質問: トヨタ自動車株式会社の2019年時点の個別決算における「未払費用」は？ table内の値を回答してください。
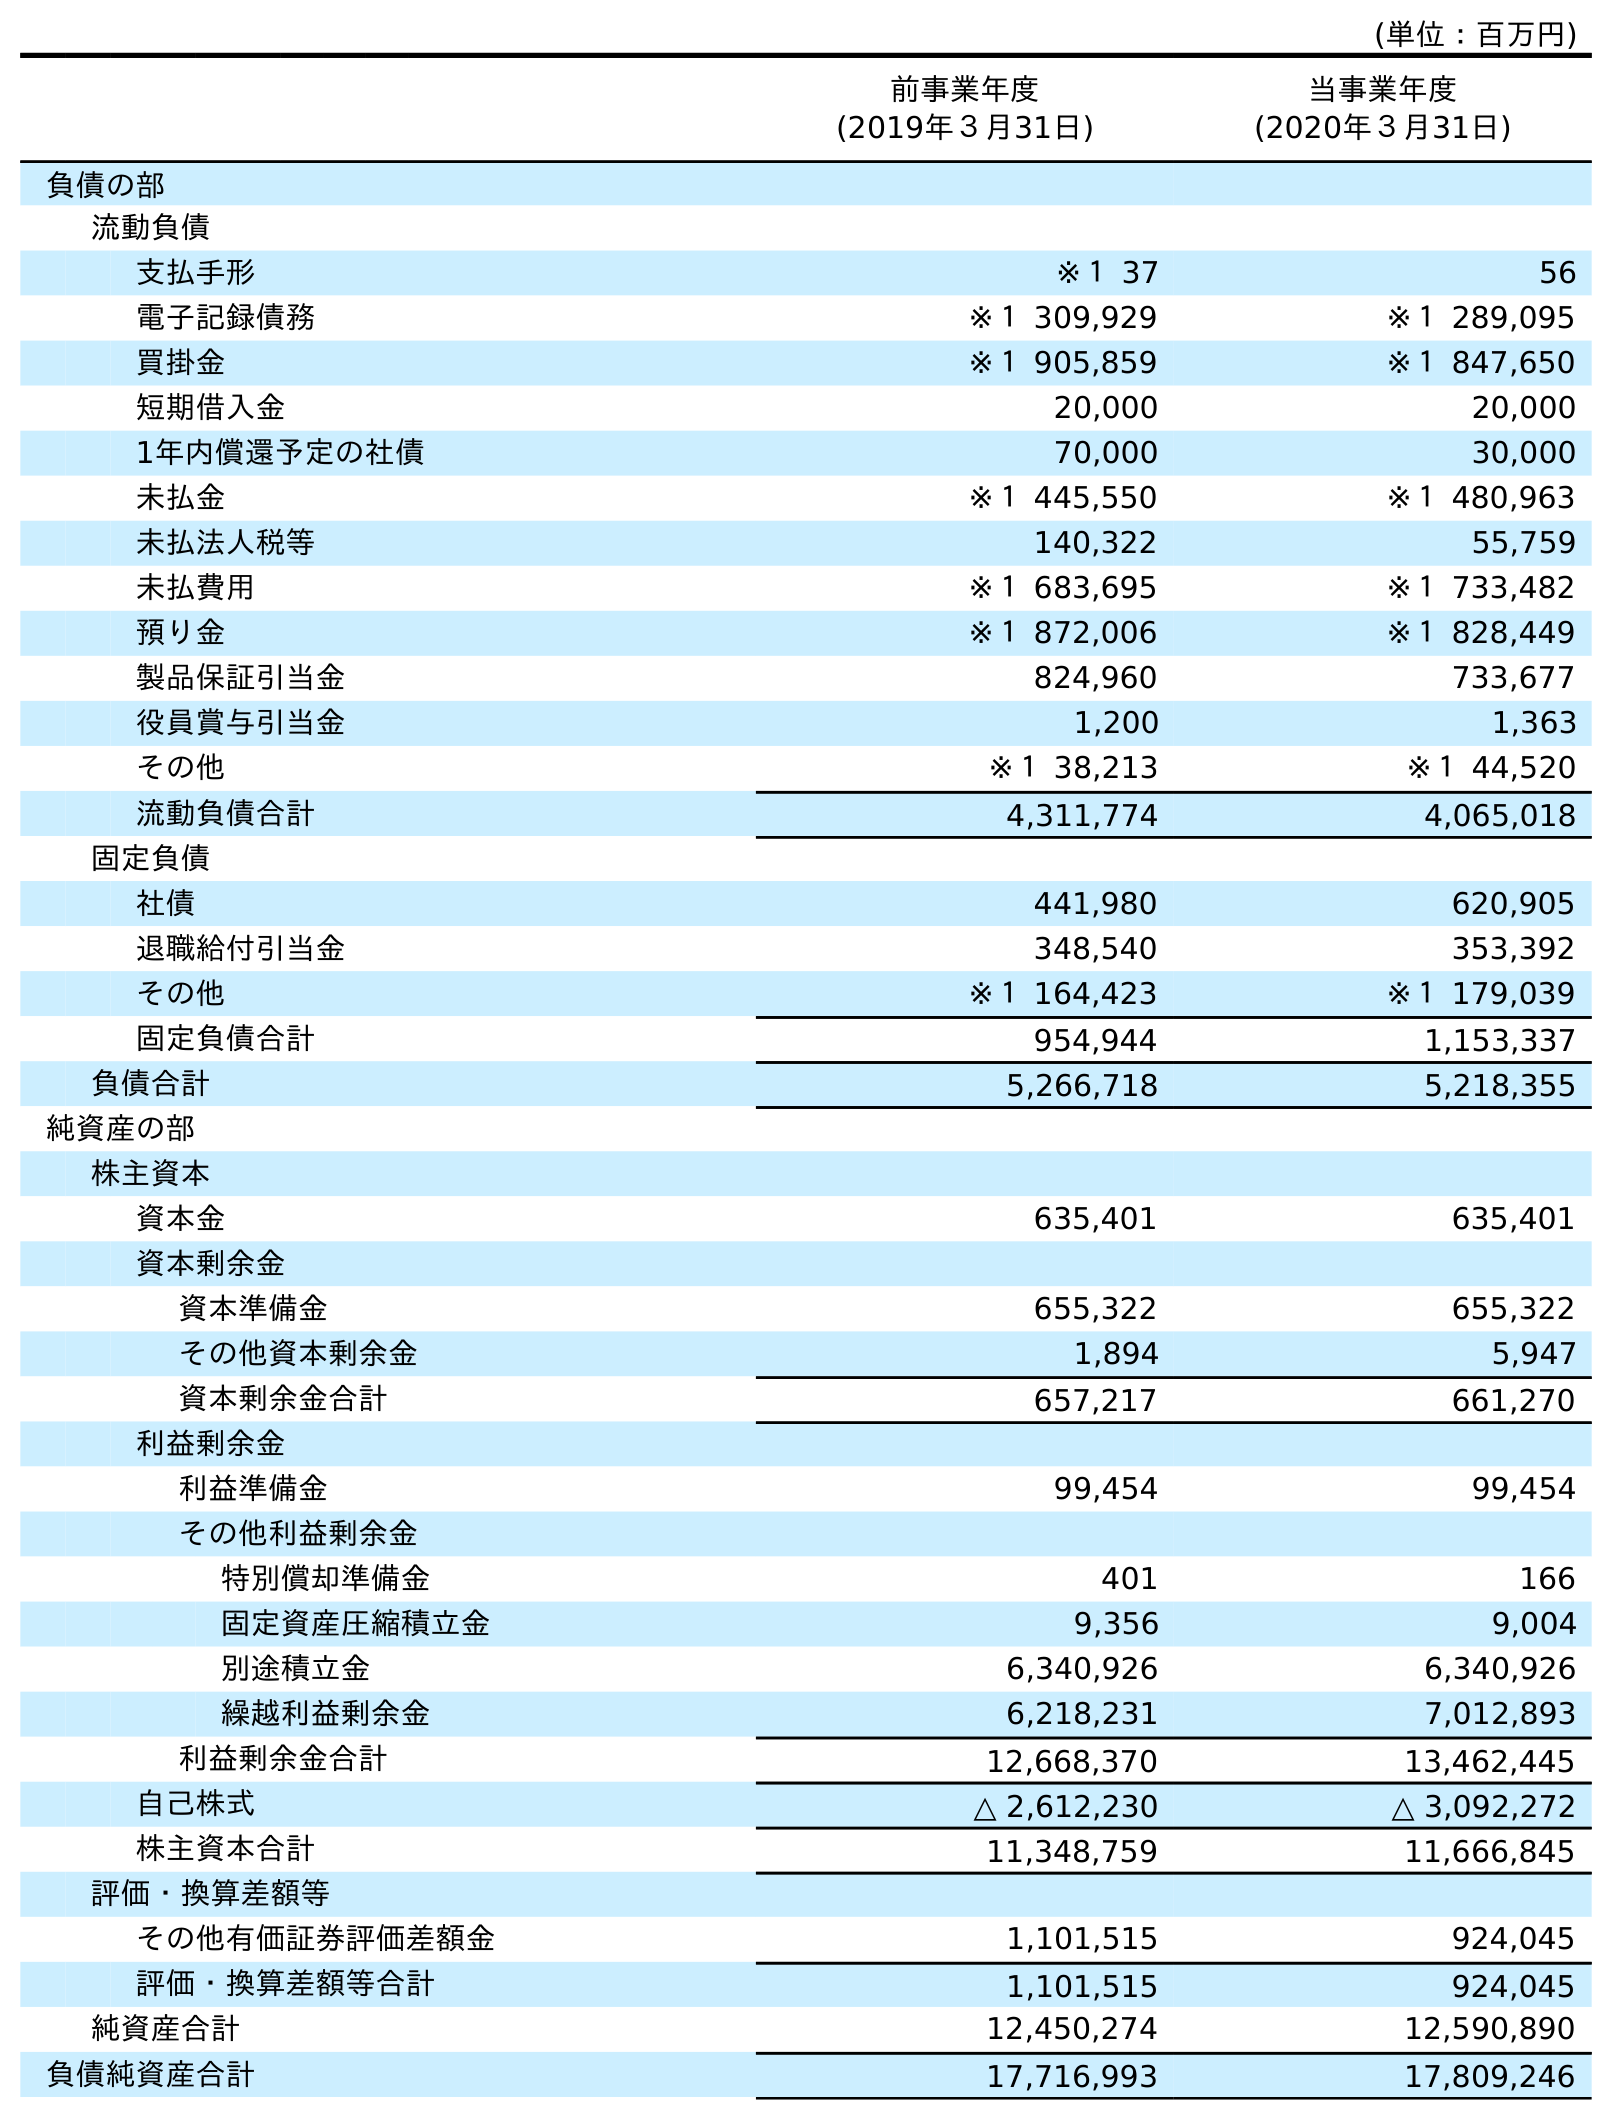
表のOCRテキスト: (単位：百万円) 前事業年度 (2019年３月31日) 当事業年度 (2020年３月31日) 負債の部 流動負債 支払手形 ※１ 37 56 電子記録債務 ※１ 309,929 ※１ 289,095 買掛金 ※１ 905,859 ※１ 847,650 短期借入金 20,000 20,000 1年内償還予定の社債 70,000 30,000 未払金 ※１ 445,550 ※１ 480,963 未払法人税等 140,322 55,759 未払費用 ※１ 683,695 ※１ 733,482 預り金 ※１ 872,006 ※１ 828,449 製品保証引当金 824,960 733,677 役員賞与引当金 1,200 1,363 その他 ※１ 38,213 ※１ 44,520 流動負債合計 4,311,774 4,065,018 固定負債 社債 441,980 620,905 退職給付引当金 348,540 353,392 その他 ※１ 164,423 ※１ 179,039 固定負債合計 954,944 1,153,337 負債合計 5,266,718 5,218,355 純資産の部 株主資本 資本金 635,401 635,401 資本剰余金 資本準備金 655,322 655,322 その他資本剰余金 1,894 5,947 資本剰余金合計 657,217 661,270 利益剰余金 利益準備金 99,454 99,454 その他利益剰余金 特別償却準備金 401 166 固定資産圧縮積立金 9,356 9,004 別途積立金 6,340,926 6,340,926 繰越利益剰余金 6,218,231 7,012,893 利益剰余金合計 12,668,370 13,462,445 自己株式 △ 2,612,230 △ 3,092,272 株主資本合計 11,348,759 11,666,845 評価・換算差額等 その他有価証券評価差額金 1,101,515 924,045 評価・換算差額等合計 1,101,515 924,045 純資産合計 12,450,274 12,590,890 負債純資産合計 17,716,993 17,809,246
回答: ※１683,695